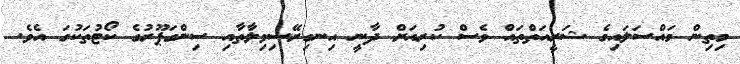
މިތިން މައްސަލައިގެ ޝަރީއަތްތައް ވެސް ކުރިއަށް ދާނީ އިނގިރޭސިވިލާތާއި ސިންގަޕޫރުގެ ކޯޓުތަކުގަ އެވެ.